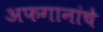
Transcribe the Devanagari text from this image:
अफगानांचे